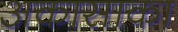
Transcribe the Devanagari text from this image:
अकासाका